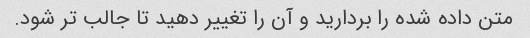
متن داده شده را بردارید و آن را تغییر دهید تا جالب تر شود.